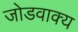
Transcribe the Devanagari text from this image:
जोडवाक्य